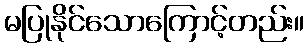
မပြုနိုင်သောကြောင့်တည်း။